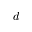
d